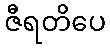
ဇီရတိပေ